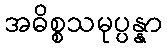
အဓိစ္စသမုပ္ပန္နာ